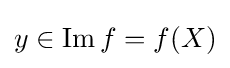
y\in \operatorname {Im} f=f(X)